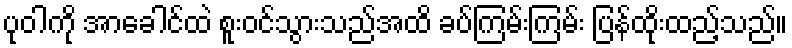
ပုဝါကို အာခေါင်ထဲ စူးဝင်သွားသည်အထိ ခပ်ကြမ်းကြမ်း ပြန်ထိုးထည့်သည်။